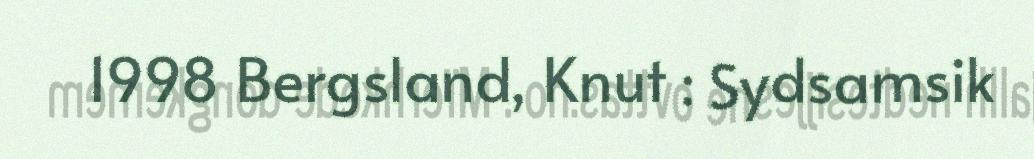
1998 Bergsland, Knut : Sydsamsik